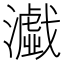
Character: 𤂴